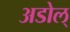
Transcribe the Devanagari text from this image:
अडोल्